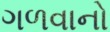
ગળવાનો